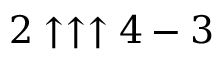
2 \uparrow \uparrow \uparrow 4 - 3